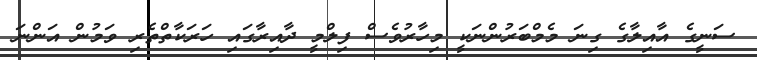
ސަނީގެ އާއިލާގެ ގިނަ މެމްބަރުންނަކީ މިހާރުވެސް ފިލްމީ ދާއިރާގައި ހަރަކާތްތެރި ވަމުން އަންނަ